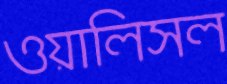
ওয়ালিসল